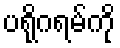
ပရိုဂရမ်ကို